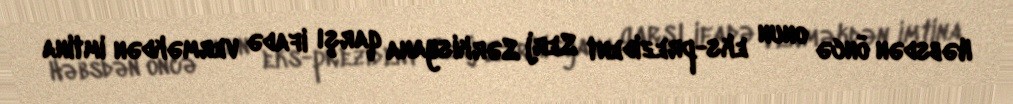
Həbsdən öncə onun eks-prezident Serj Sərkisyana qarşı ifadə verməkdən imtina